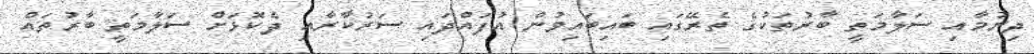
ދިނުމާއި ސަލާމަތީ ބާރުތަކުގެ ތެރޭގައި ބައިބައިވުން އުފައްދައި ސަރުކާރާއި ދެކޮޅަށް ސަލާމަތީ ބާރުތައް